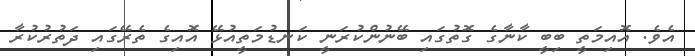
އެވެ. އޮއިމަތީ ބިބީ ކާނާގެ ގޮތުގައި ބޭނުންކުރަނީ ކަނޑުމަތީއުޅޭ އޮއިގެ ތެރޭގައި ދަތުރުކުރާ